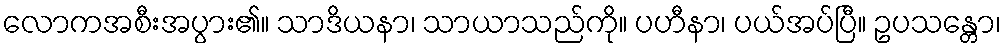
လောကအစီးအပွား၏။ သာဒိယနာ၊ သာယာသည်ကို။ ပဟီနာ၊ ပယ်အပ်ပြီ။ ဥပသန္တော၊